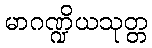
မာဂဏ္ဍိယသုတ္တ